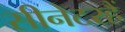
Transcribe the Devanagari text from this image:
सीनेटरहैं